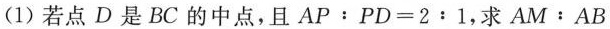
(1)若点D是BC的中点，且$$A P : P D = 2 : 1$$，求$$A M : A B$$